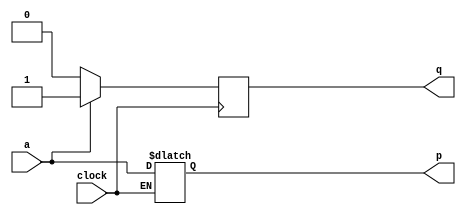
module top_module (
    input clock,
    input a,
    output p,
    output q );

    reg q1;
    always @(negedge clock) begin
        if(a==1)
        	q <= 1;
        else
            q <= 0;
    end
    
    always @(*) begin
        if(clock)
            p = a;
    end
    
endmodule